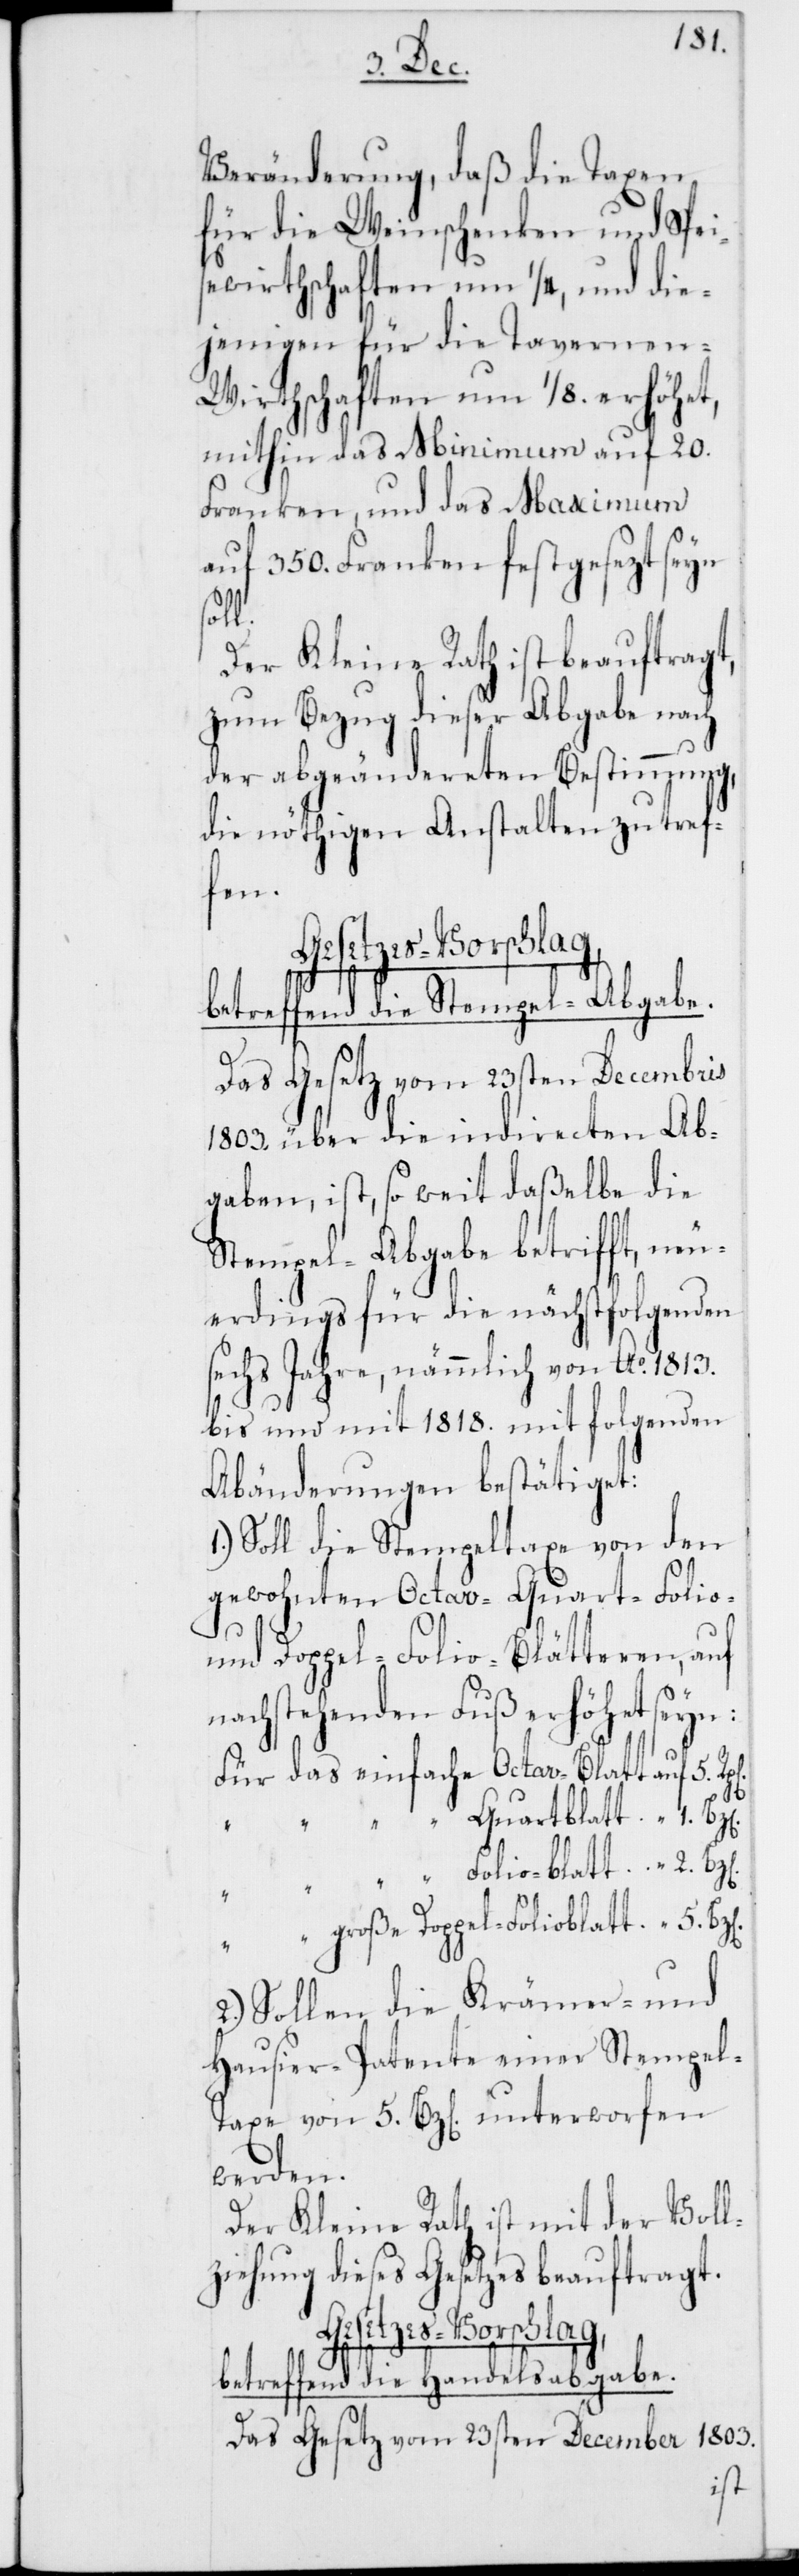
Veränderung, daß die Taxen
für die Weinschenken und Spei¬
sewirthschaften um 1/4, und die¬
jenigen für die Tavernen-W¬
irthschaften um 1/8. erhöhet,
mithin das Minimum auf 20.
Franken, und das Maximum
auf 350. Franken festgesezt seyn
große
Der Kleine Rath ist beauftragt,
zum Bezug dieser Abgabe nach
der abgeändereten Bestimmung,
die nöthigen Anstalten zu tref¬
fen.
betreffend die Stempel-Abgabe.
Das Gesetz vom 23sten Decembris
1803. über die indirecten Ab¬
gaben, ist, so weit daßelbe die
Stempel-Abgabe betrifft, neu¬
erdings für die nächstfolgenden
sechs Jahre, nämmlich von Ao 1813.
bis und mit 1818. mit folgenden
Abänderungen bestätiget:
1.) Soll die Stempeltaxe von den
gewohnten Octav-[,] Quart-[,] Folio-
und Doppel-Folio-Blätteren, auf
nachstehenden Fuß erhöhet seyn:
1.
5.
2.) Sollen die Krämer- und
Hausier-Patente einer Stempel-T¬
axe von 5. Bz[en] unterworfen
werden.
Der Kleine Rath ist mit der Voll¬
ziehung dieses Gesetzes beauftragt.
Gesetzesvorschlag,
betreffend die Handelsabgabe.
Das Gesetz vom 23sten December 1803.